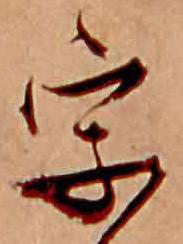
字